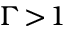
\Gamma \! > \! 1